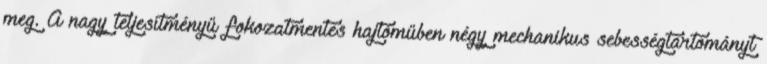
meg. A nagy teljesítményű fokozatmentes hajtóműben négy mechanikus sebességtartományt